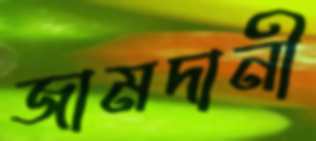
জামদানী